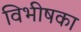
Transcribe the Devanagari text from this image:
विभीषका